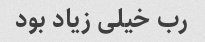
رب خیلی زیاد بود